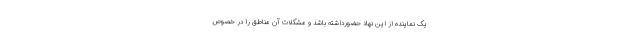
یک نماینده از این نهاد حضورداشته باشد و مشکلات آن مناطق را در خصوص